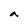
Character: a